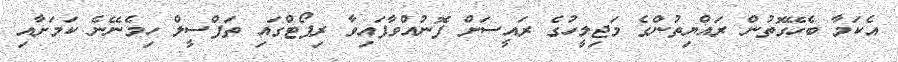
އެކަމާ ބެހޭގޮތުން ރައްޔިތުންގެ މަޖިލީހުގެ ރައީސަށް ފޮނުއްވާފައިވާ ރިޕޯޓްގައި ތަފްސީލް ހިމެނޭނެ ކަމަށާއި